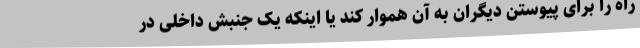
راه را برای پیوستن دیگران به آن هموار کند یا اینکه یک جنبش داخلی در